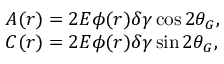
\begin{array} { l } { { A ( r ) = 2 E \phi ( r ) \delta \gamma \cos 2 \theta _ { G } , } } \\ { { C ( r ) = 2 E \phi ( r ) \delta \gamma \sin 2 \theta _ { G } , } } \end{array}